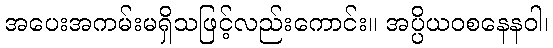
အပေးအကမ်းမရှိသဖြင့်လည်းကောင်း။ အပ္ပိယဝစနေနဝါ၊